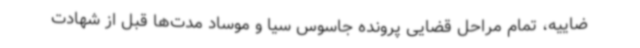
ضاییه، تمام مراحل قضایی پرونده جاسوس سیا و موساد مدت‌ها قبل از شهادت